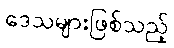
ဒေသများဖြစ်သည့်